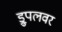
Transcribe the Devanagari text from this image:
ड्रुपलवर